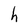
Character: h